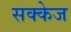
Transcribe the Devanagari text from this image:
सक्केज